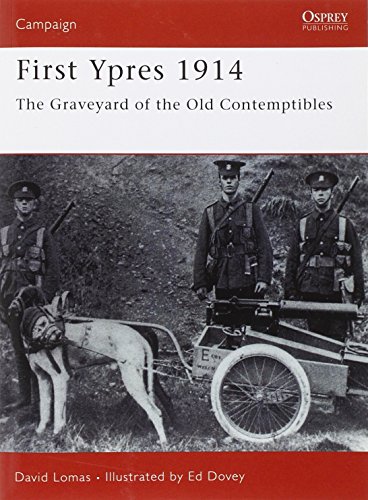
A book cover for First Ypres 1914: The Graveyard of the Old Contemptibles (Campaign); David Lomas; History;